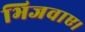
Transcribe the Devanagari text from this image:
भिजवाए।